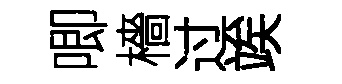
唧檣过竢